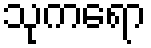
သုကရော